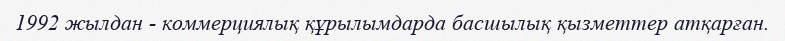
1992 жылдан - коммерциялық құрылымдарда басшылық қызметтер атқарған.